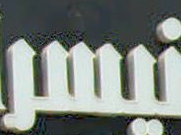
نيسر